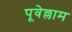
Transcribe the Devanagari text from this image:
पूवेल्लाम